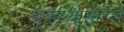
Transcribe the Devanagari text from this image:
चुकल्यासारखे